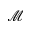
\mathcal { M }